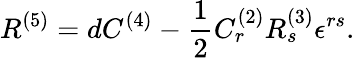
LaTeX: R^{(5)}=dC^{(4)}-\frac{1}{2}C_{r}^{(2)}R_{s}^{(3)}\epsilon^{rs}.